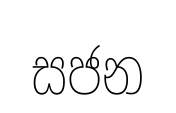
සජන